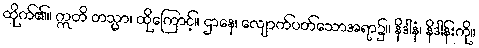
ထိုက်၏။ ဣတိ တသ္မာ၊ ထိုကြောင့်။ ဌာနေ၊ လျောက်ပတ်သောအရာ၌။ နိဒါနံ၊ နိဒါန်းကို။